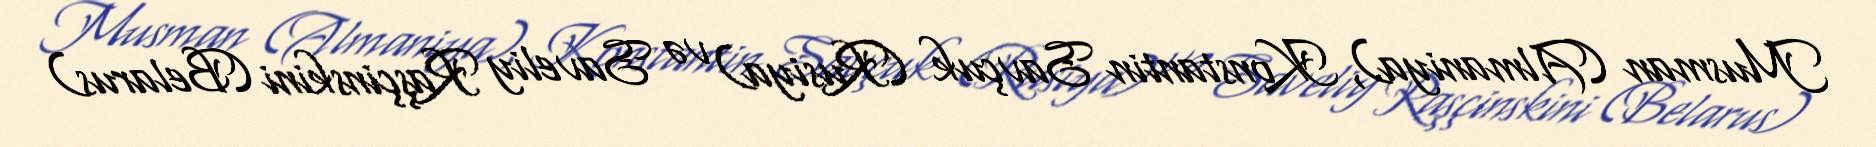
Musman (Almaniya), Konstantin Savçuk (Rusiya) və Saveliy Raşçinskini (Belarus)